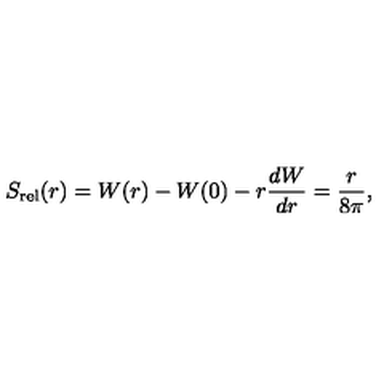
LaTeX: S _ { \mathrm { r e l } } ( r ) = W ( r ) - W ( 0 ) - r { \frac { d W } { d r } } = \frac { r } { 8 \pi } ,